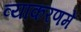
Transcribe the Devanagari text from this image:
व्याकरणमें